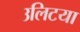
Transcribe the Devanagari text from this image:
उलिटया